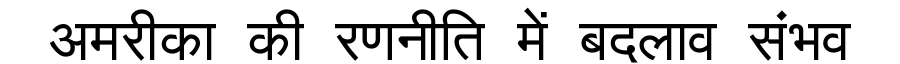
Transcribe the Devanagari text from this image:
अमरीका की रणनीति में बदलाव संभव